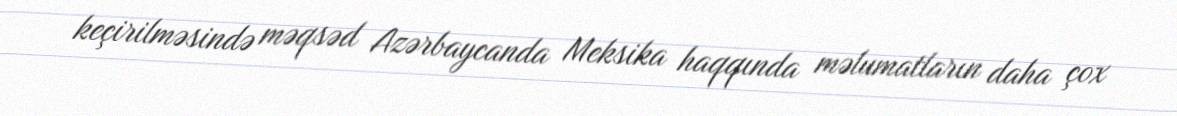
keçirilməsində məqsəd Azərbaycanda Meksika haqqında məlumatların daha çox